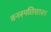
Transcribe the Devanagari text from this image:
वनस्पतिशास्त्र्